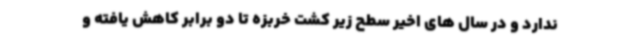
ندارد و در سال های اخیر سطح زیر کشت خربزه تا دو برابر کاهش یافته و